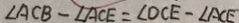
\angle A C B - \angle A C E = \angle D C E - \angle A C E